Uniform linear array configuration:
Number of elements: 24
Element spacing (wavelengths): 0.75
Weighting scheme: cosine
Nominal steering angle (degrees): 45
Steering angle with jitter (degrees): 46.803
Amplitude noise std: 0.05
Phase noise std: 0.05

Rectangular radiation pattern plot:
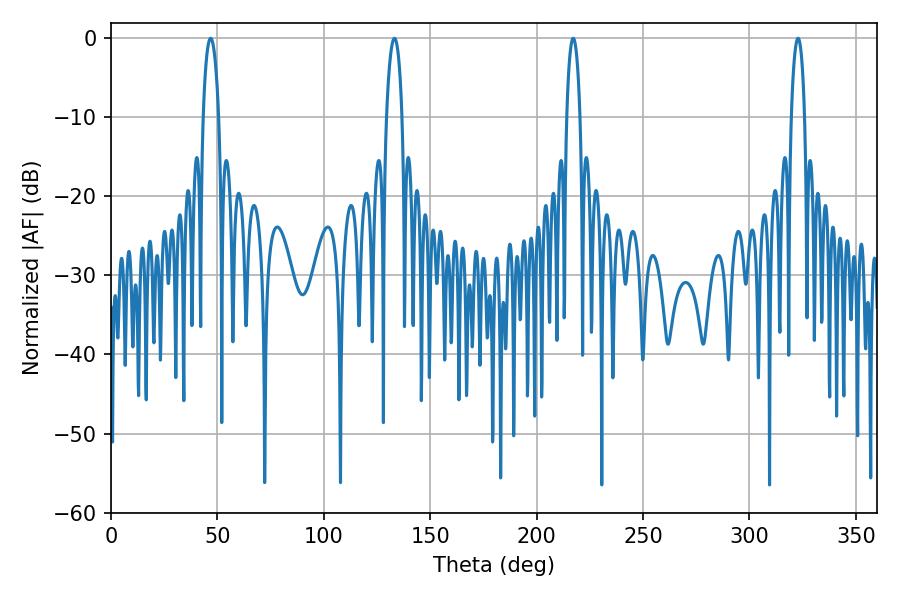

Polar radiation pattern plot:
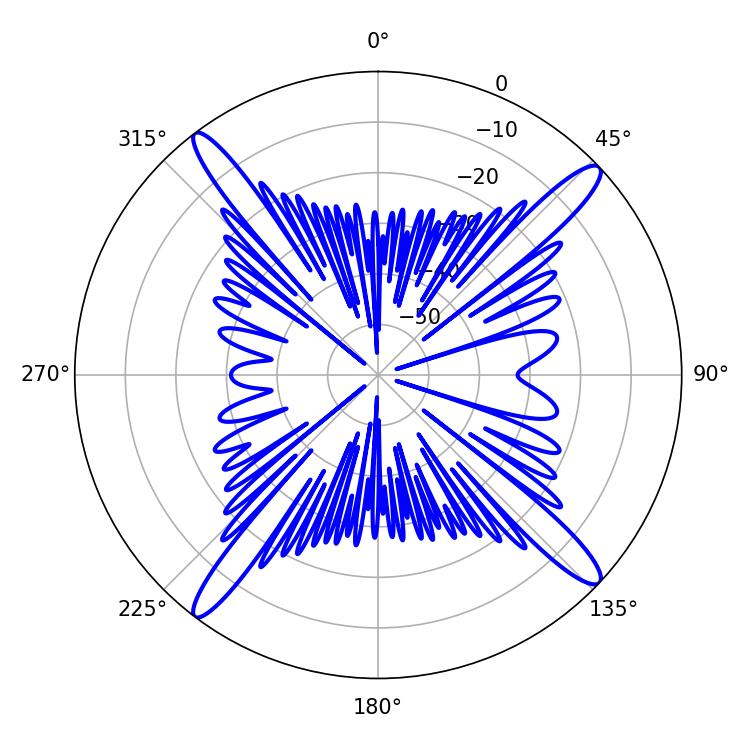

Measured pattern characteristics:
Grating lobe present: TRUE
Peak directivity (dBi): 17.623
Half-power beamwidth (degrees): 4.14
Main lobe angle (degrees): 46.8